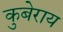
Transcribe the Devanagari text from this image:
कुबेराय